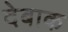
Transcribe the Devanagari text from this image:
देबाक